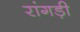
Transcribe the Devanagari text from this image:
रांगड़ी